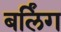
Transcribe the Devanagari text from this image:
बर्लिंग